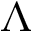
\Lambda